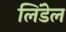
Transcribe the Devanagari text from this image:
लिंडेल